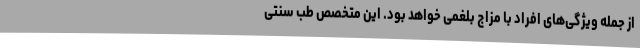
از جمله ویژگی‌های افراد با مزاج بلغمی خواهد بود. این متخصص طب سنتی